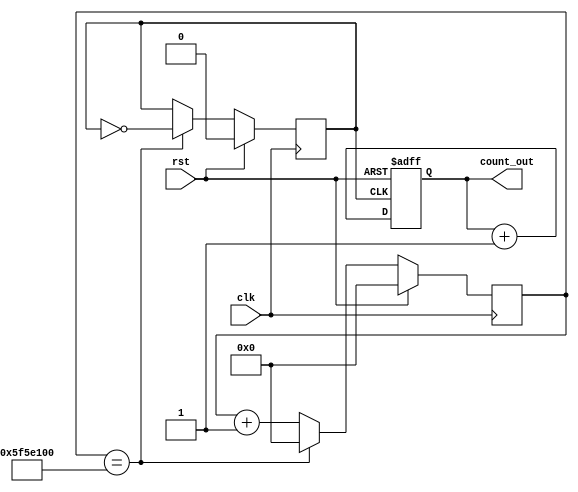
// Project    :  UP Counter using clock divider
// Language used: Verilog HDL


/* Design of UP Counter using clock divider on FPGA */

module upcounter_4bit_using_clock_divider(input clk,rst,output reg [3:0]count_out);
reg [26:0]count;
reg clk_out;
always @(posedge clk)
begin
   if(rst)
   begin
   count<=27'b0;
   clk_out<=1'b0;
   end
   else if(count==27'd100000000)
   begin
   clk_out<=~clk_out;
   count<=27'b0;
   end
   else
   begin
   count<=count+1'b1;
   clk_out<=clk_out;
   end
end
always@(posedge clk_out,posedge rst)
begin
if(rst)
count_out<=4'b0;
else
count_out<=count_out+1'b1;
end
endmodule